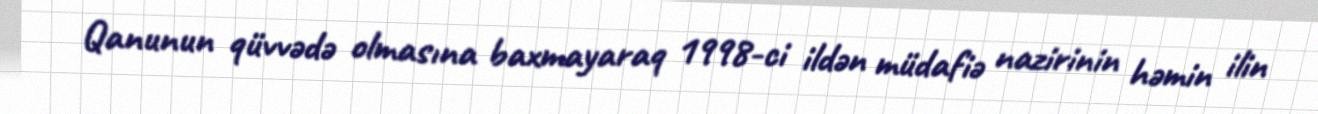
Qanunun qüvvədə olmasına baxmayaraq 1998-ci ildən müdafiə nazirinin həmin ilin